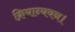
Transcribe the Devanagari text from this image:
क्रियान्यवन।